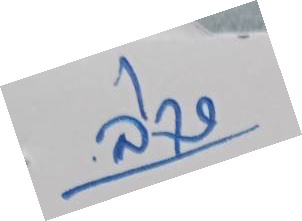
ล่าง